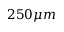
2 5 0 \mu m